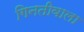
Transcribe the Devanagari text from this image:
गिनतीवाला